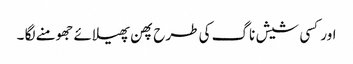
اور کسی شیش ناگ کی طرح پھن پھیلائے جھومنے لگا ۔